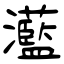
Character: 灆